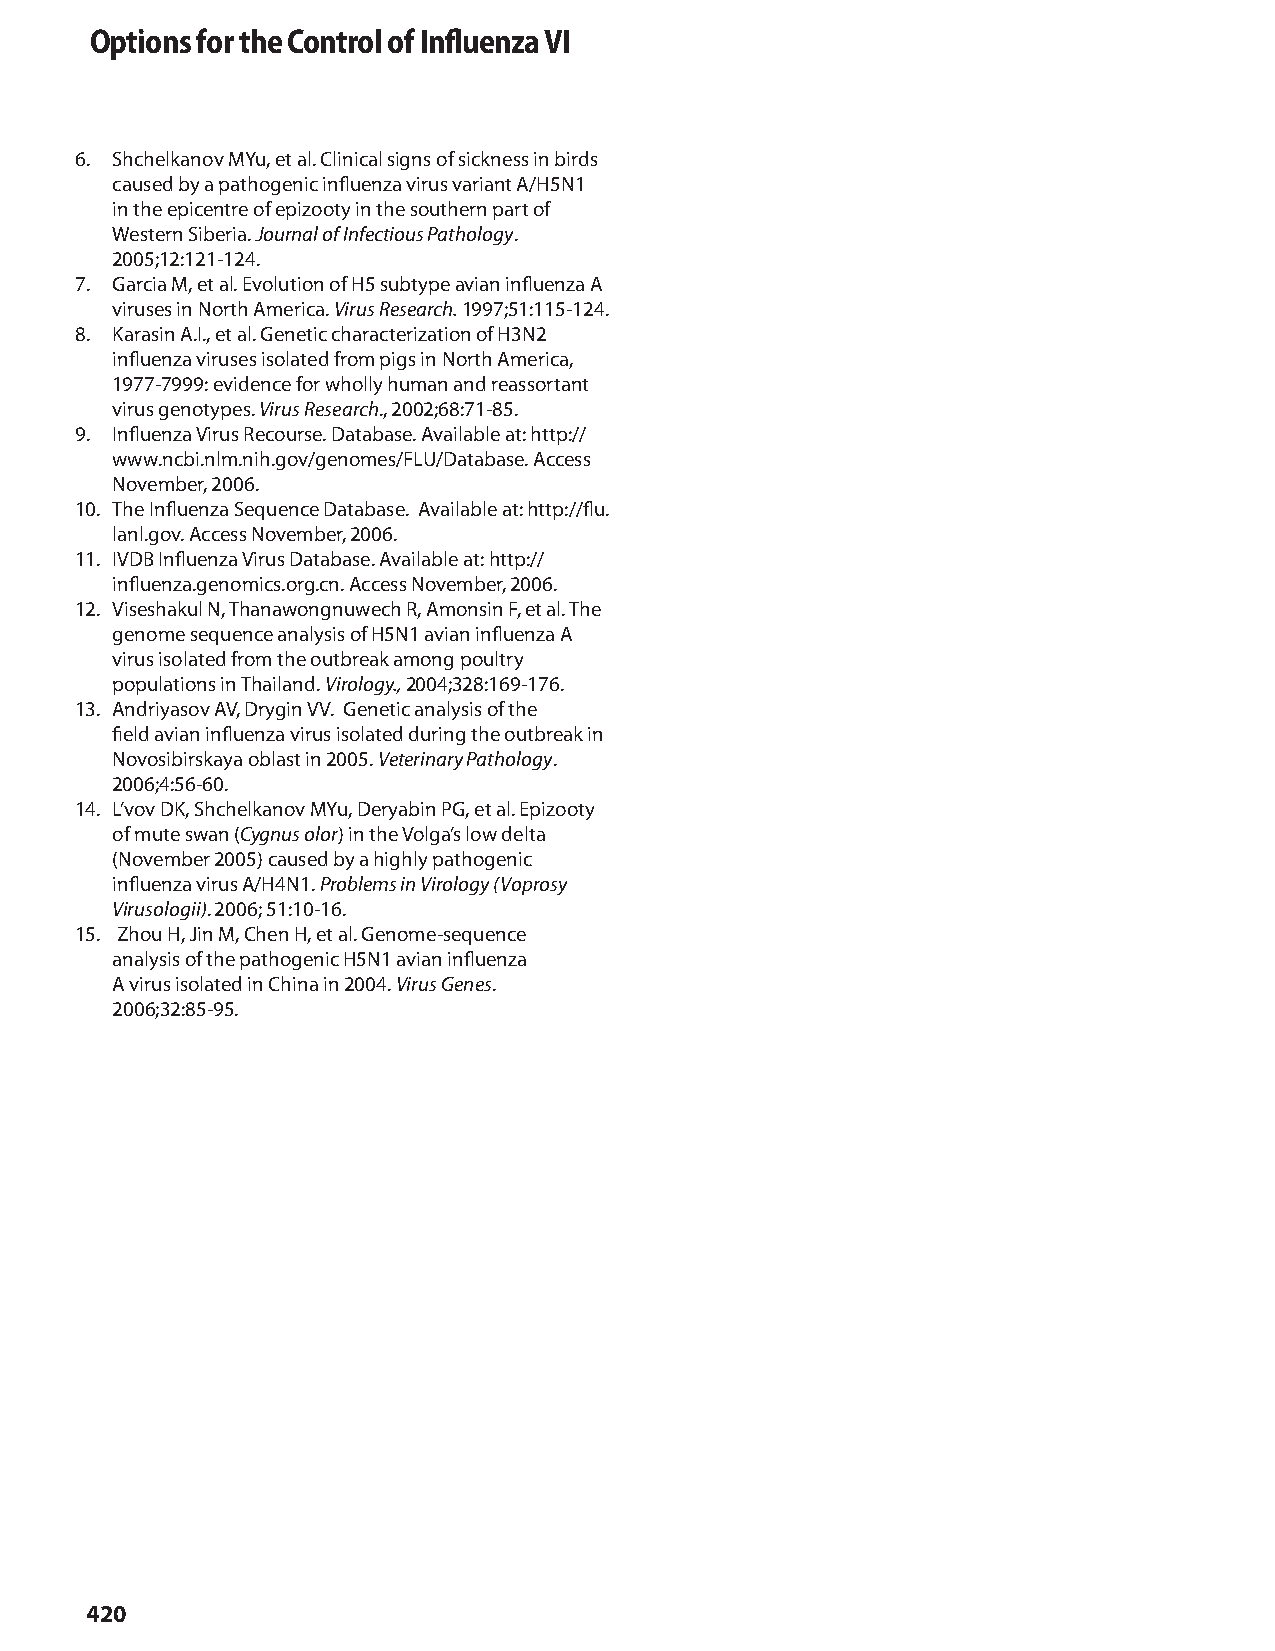
Options for the Control of Influenza VI
 6. Shchelkanov MYu, et al. Clinical signs of sickness in birds
 caused by a pathogenic influenza virus variant A/H5N1
 in the epicentre of epizooty in the southern part of
 Western Siberia. Journal of Infectious Pathology.
 2005;12:121-124.
 7. Garcia M, et al. Evolution of H5 subtype avian influenza A
 viruses in North America. Virus Research. 1997;51:115-124.
 8. Karasin A.I., et al. Genetic characterization of H3N2
 influenza viruses isolated from pigs in North America,
 1977-7999: evidence for wholly human and reassortant
 virus genotypes. Virus Research., 2002;68:71-85.
 9. Influenza Virus Recourse. Database. Available at: http://
 www.ncbi.nlm.nih.gov/genomes/FLU/Database. Access
 November, 2006.
 10. The Influenza Sequence Database. Available at: http://flu.
 lanl.gov. Access November, 2006.
 11. IVDB Influenza Virus Database. Available at: http://
 influenza.genomics.org.cn. Access November, 2006.
 12. Viseshakul N, Thanawongnuwech R, Amonsin F, et al. The
 genome sequence analysis of H5N1 avian influenza A
 virus isolated from the outbreak among poultry
 populations in Thailand. Virology., 2004;328:169-176.
 13. Andriyasov AV, Drygin VV. Genetic analysis of the
 field avian influenza virus isolated during the outbreak in
 Novosibirskaya oblast in 2005. Veterinary Pathology.
 2006;4:56-60.
 14. L’vov DK, Shchelkanov MYu, Deryabin PG, et al. Epizooty
 of mute swan (Cygnus olor) in the Volga’s low delta
 (November 2005) caused by a highly pathogenic
 influenza virus A/H4N1. Problems in Virology (Voprosy
 Virusologii). 2006; 51:10-16.
 15. Zhou H, Jin M, Chen H, et al. Genome-sequence
 analysis of the pathogenic H5N1 avian influenza
 A virus isolated in China in 2004. Virus Genes.
 2006;32:85-95.
 420